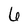
Character: 6